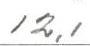
12,1